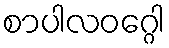
စာပါလဝဂ္ဂေါ